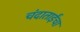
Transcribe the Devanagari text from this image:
चंदाताईंचा